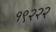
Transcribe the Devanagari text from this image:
१९२२२